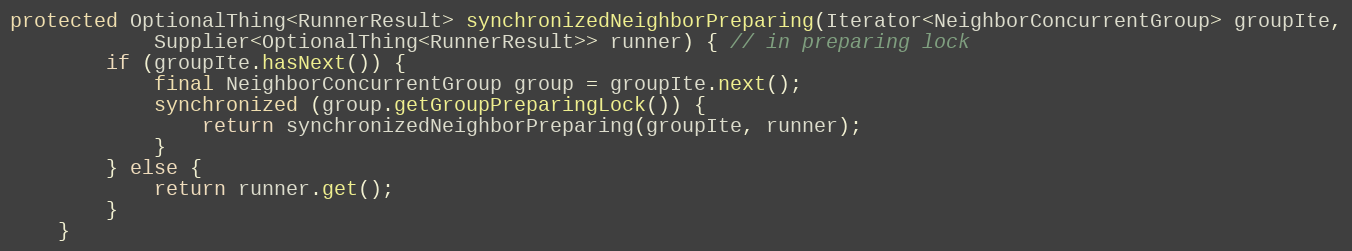
Language: Java
protected OptionalThing<RunnerResult> synchronizedNeighborPreparing(Iterator<NeighborConcurrentGroup> groupIte,
            Supplier<OptionalThing<RunnerResult>> runner) { // in preparing lock
        if (groupIte.hasNext()) {
            final NeighborConcurrentGroup group = groupIte.next();
            synchronized (group.getGroupPreparingLock()) {
                return synchronizedNeighborPreparing(groupIte, runner);
            }
        } else {
            return runner.get();
        }
    }